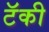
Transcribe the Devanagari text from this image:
टॅकी